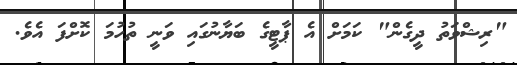
"ރިޝްވަތު ދީގެން" ކަމަށް އެ ޕާޓީގެ ބަޔާނުގައި ވަނީ ތުހުމަ ކޮށްފަ އެވެ.